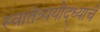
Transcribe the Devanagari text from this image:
स्वातंत्र्ययोद्‌ध्याचे